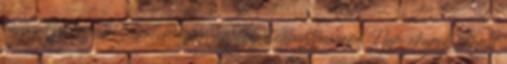
különböző foglalkozásait, hogy a legjobbat választhassam. Nem akarok bármit